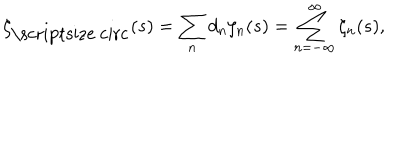
\zeta _ { \mathrm { \scriptsize ~ c i r c } } ( s ) = \sum _ { n } d _ { n } \zeta _ { n } ( s ) = \sum _ { n = - \infty } ^ { \infty } \zeta _ { n } ( s ) ,